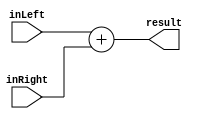
`timescale 1ns / 1ps

module adder(input [3:0] inLeft, input [3:0] inRight, output [4:0] result);
    reg [3:0] regL;
    reg [3:0] regR;
    reg [4:0] regResult;

    assign result = inLeft + inRight;

    initial begin
        regL <= inLeft;
        regR <= inRight;
    end

endmodule